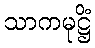
သာကမုဋ္ဌိံ